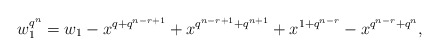
\begin{align*} w_1^{q^n}=w_1-x^{q+q^{n-r+1}}+x^{{q^{n-r+1}+q^{n+1}}}+x^{1+q^{n-r}}-x^{q^{n-r}+q^{n}}, \end{align*}